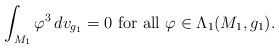
\begin{align*}\int_{M_1}\varphi^3\, dv_{g_1}=0\hbox{ for all }\varphi\in \Lambda_1(M_1,g_1).\end{align*}